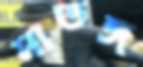
মাতঙ্গ